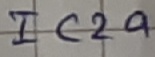
Text: IC2a